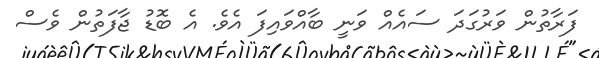
ފަރާތުން ވަރުގަދަ ސައެއް ވަނީ ބާއްވައިފަ އެވެ. އެ ބޮޑު ޖާފަތުން ވެސް